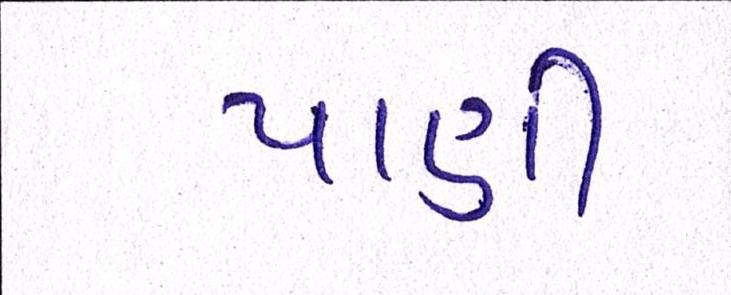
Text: પાણી